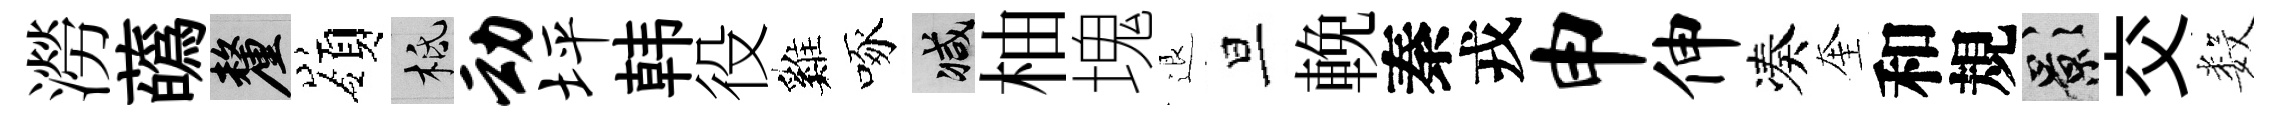
澇蘤厘嶺柢动坪韩役巍啄减柚塊退旦輓秦戎申伸凑奎和規影交数